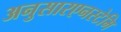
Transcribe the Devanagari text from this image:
अनुसारएनस्टेमि